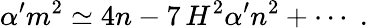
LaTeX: \alpha^{\prime}m^{2}\simeq 4n-7\, H^{2}\alpha^{\prime}n^{2}+\cdots\; .